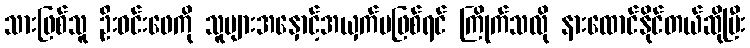
သားဖြစ်သူ ဦးဝင်းဖေကို သူများအနှောင့်အယှက်မဖြစ်ရင် ကြိုက်သလို နားထောင်နိုင်တယ်ဆိုပြီး